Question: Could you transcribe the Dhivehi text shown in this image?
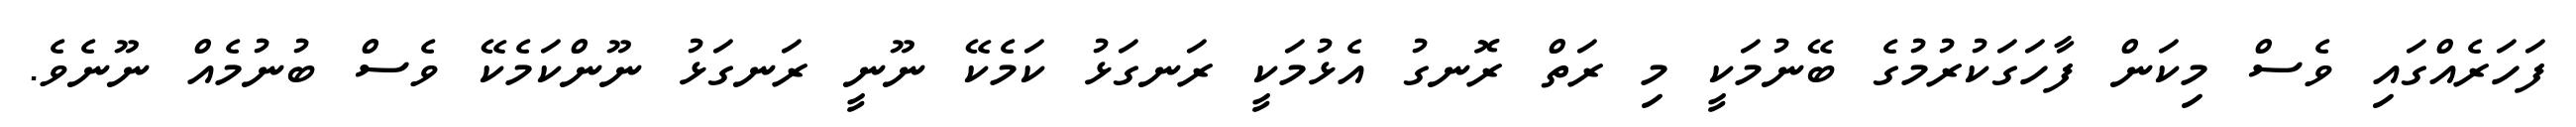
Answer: ފަހަރެއްގައި ވެސް މިކަން ފާހަގަކުރުމުގެ ބޭނުމަކީ މި ރަތް ރޮނގު އެޅުމަކީ ރަނގަޅު ކަމެކޭ ނޫނީ ރަނގަޅު ނޫންކަމެކޭ ވެސް ބުނުމެއް ނޫނެވެ.